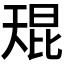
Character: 𫯬